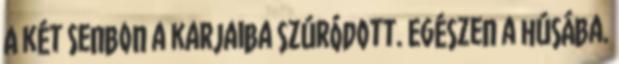
A két Senbon a karjaiba szúródott. Egészen a húsába.